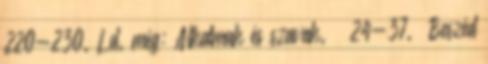
220-230. Ld. még: Alkalmak és szavak. – 24-37. Beszéd